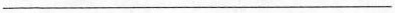
___